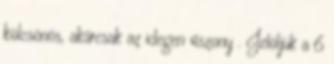
kölcsönös, akárcsak az idegen viszony . Jelöljük a 6